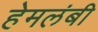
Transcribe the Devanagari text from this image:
हेमलंबी